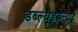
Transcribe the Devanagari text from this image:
डब्ल्यूडब्ल्यूइ